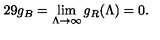
2 9 g _ { B } = \lim _ { \Lambda \rightarrow \infty } g _ { R } ( \Lambda ) = 0 .